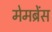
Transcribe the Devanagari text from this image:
मेमब्रेंस